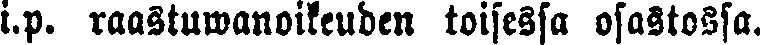
i.p. raastuwanoikeuden toisessa osastossa.